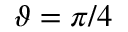
\vartheta = \pi / 4